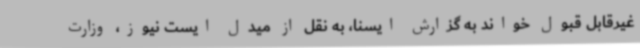
غیرقابل قبول خواند به گزارش ایسنا، به نقل از میدل ایست نیوز، وزارت